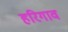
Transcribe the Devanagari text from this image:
हरिगाव